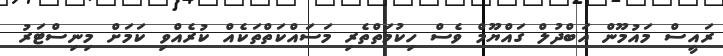
ރައީސް މައުމޫން އަބްދުލް ގައްޔޫމް ވެސް ހިކުމަތްތެރި މަސައްކަތްތަކެއް ކުރެއްވި ކަމަަށް މިނިސްޓަރު